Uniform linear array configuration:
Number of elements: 64
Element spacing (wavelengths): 0.75
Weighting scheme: uniform
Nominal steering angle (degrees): -45
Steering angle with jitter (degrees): -46.75
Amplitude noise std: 0.05
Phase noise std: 0.05

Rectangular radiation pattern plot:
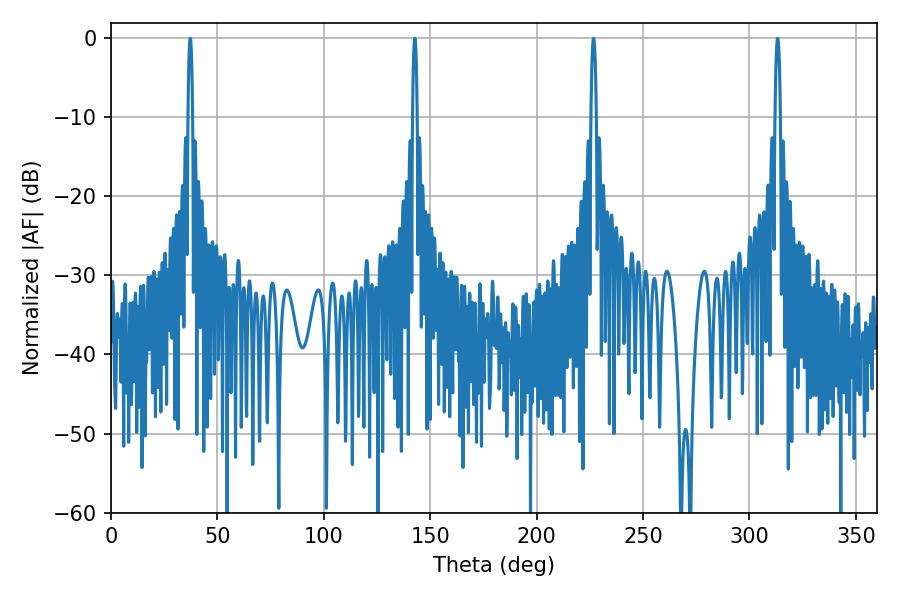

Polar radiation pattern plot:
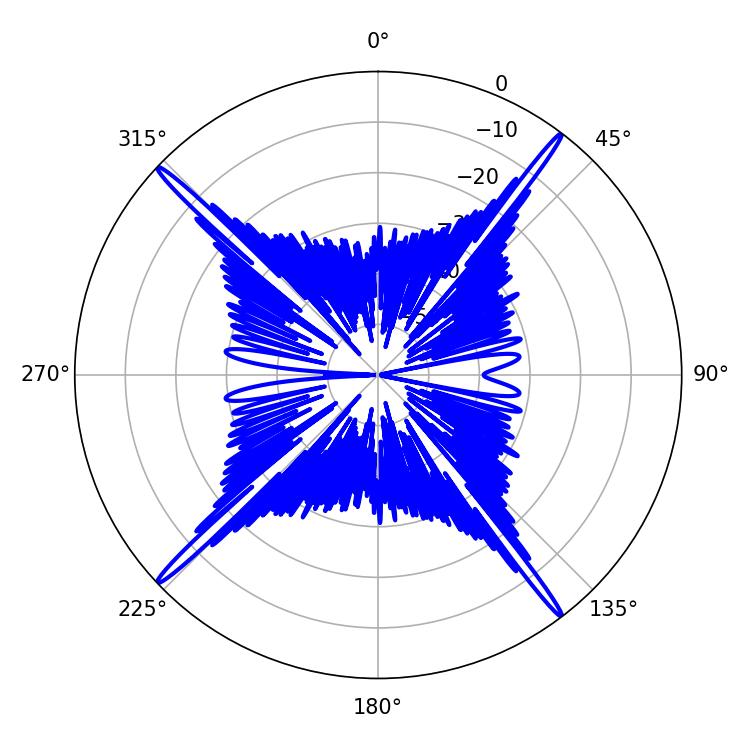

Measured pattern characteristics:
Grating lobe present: TRUE
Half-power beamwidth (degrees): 1.08
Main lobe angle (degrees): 37.26